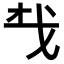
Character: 𢦔